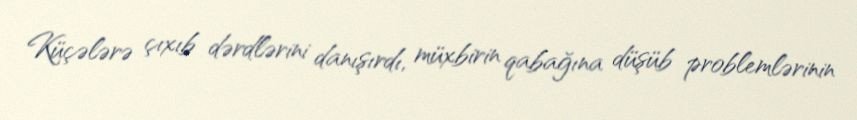
Küçələrə çıxıb dərdlərini danışırdı, müxbirin qabağına düşüb problemlərinin